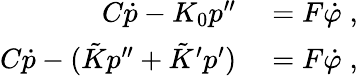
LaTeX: \begin{array}{rl}{C\dot{p}-K_{0}p^{\prime\prime}}&{{}=F\dot{\varphi}\; ,}\\ {C\dot{p}-(\tilde{K}p^{\prime\prime}+\tilde{K}^{\prime}p^{\prime})}&{{}=F\dot{\varphi}\; ,}\end{array}